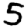
Digit: 5